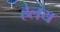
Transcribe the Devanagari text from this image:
हेलय